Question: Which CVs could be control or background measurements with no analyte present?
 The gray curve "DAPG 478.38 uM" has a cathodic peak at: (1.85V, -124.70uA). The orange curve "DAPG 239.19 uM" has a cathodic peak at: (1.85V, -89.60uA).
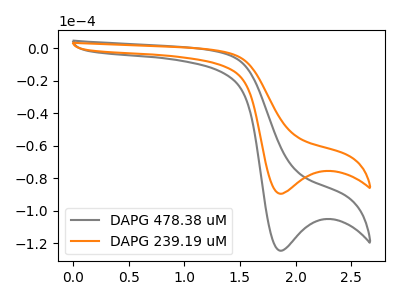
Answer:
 <answer>There are not any CV's on this graph that are likely to be blanks.</answer>
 <eval>none</eval>